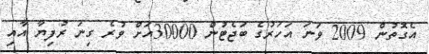
އެގޮތުން 2009 ވަނަ އަހަރުގެ ބަޖެޓުން 30000އަށް ވުރެ ގިނަ ރުފިޔާ އާއި